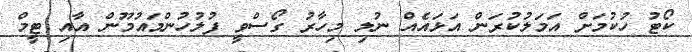
ކޯޓު ހުކުމަށް އަމަލުކުރަން އަޅައެއް ނުލި މިހާރު ގޯސްވީ ފުލުހުންމައުމޫން އާއި ޓީމް